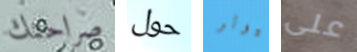
صراحتك حول ميولر على